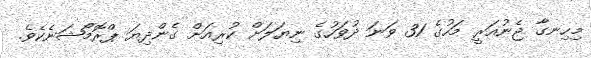
މިހިނގާ ޖެނުއަރީ މަހުގެ 31 ވަނަ ދުވަހުގެ ނިޔަލަށް ކުރިއަށް ގެންދިޔަ ޕްރޮމޯޝަނެކެވެ.